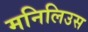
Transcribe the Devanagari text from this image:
मनिलिउस